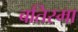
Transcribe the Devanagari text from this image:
बतिस्मा